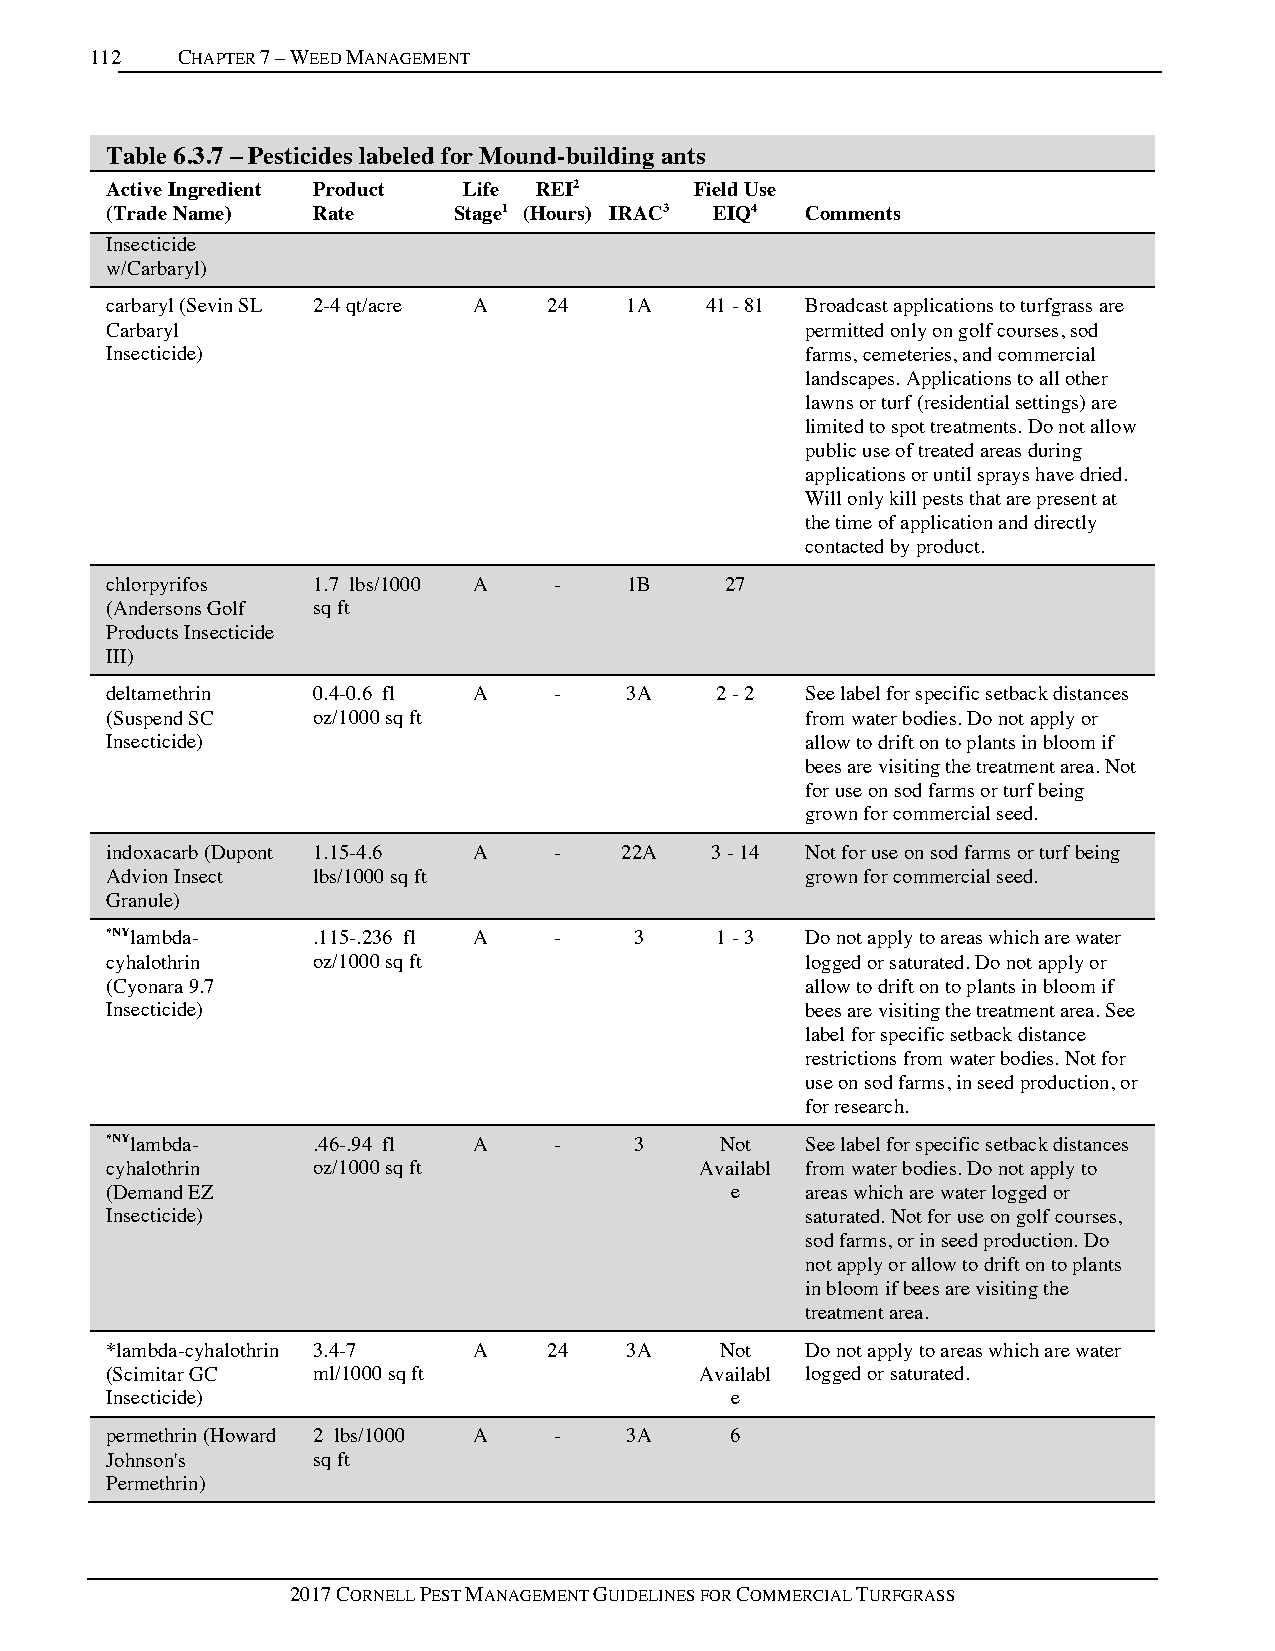
112   CHAPTER 7 – WEED MANAGEMENT
 Table 6.3.7 – Pesticides labeled for Mound-building ants
 Active Ingredient Product Life REI2    Field Use
 (Trade Name)  Rate     Stage1 (Hours) IRAC3 EIQ4 Comments
 Insecticide
 w/Carbaryl)
 carbaryl (Sevin SL 2-4 qt/acre A 24 1A  41 - 81 Broadcast applications to turfgrass are
 Carbaryl                                      permitted only on golf courses, sod
 Insecticide)                                  farms, cemeteries, and commercial
 landscapes. Applications to all other
 lawns or turf (residential settings) are
 limited to spot treatments. Do not allow
 public use of treated areas during
 applications or until sprays have dried.
 Will only kill pests that are present at
 the time of application and directly
 contacted by product.
 chlorpyrifos  1.7 lbs/1000 A  -    1B    27
 (Andersons Golf sq ft
 Products Insecticide
 III)
 deltamethrin  0.4-0.6 fl A    -   3A    2 - 2 See label for specific setback distances
 (Suspend SC   oz/1000 sq ft                   from water bodies. Do not apply or
 Insecticide)                                  allow to drift on to plants in bloom if
 bees are visiting the treatment area. Not
 for use on sod farms or turf being
 grown for commercial seed.
 indoxacarb (Dupont 1.15-4.6 A -   22A   3 - 14 Not for use on sod farms or turf being
 Advion Insect lbs/1000 sq ft                  grown for commercial seed.
 Granule)
 *NYlambda-    .115-.236 fl A  -    3    1 - 3 Do not apply to areas which are water
 cyhalothrin   oz/1000 sq ft                   logged or saturated. Do not apply or
 (Cyonara 9.7                                  allow to drift on to plants in bloom if
 Insecticide)                                  bees are visiting the treatment area. See
 label for specific setback distance
 restrictions from water bodies. Not for
 use on sod farms, in seed production, or
 for research.
 *NYlambda-    .46-.94 fl A    -    3     Not  See label for specific setback distances
 cyhalothrin   oz/1000 sq ft            Availabl from water bodies. Do not apply to
 (Demand EZ                               e    areas which are water logged or
 Insecticide)                                  saturated. Not for use on golf courses,
 sod farms, or in seed production. Do
 not apply or allow to drift on to plants
 in bloom if bees are visiting the
 treatment area.
 *lambda-cyhalothrin 3.4-7 A  24   3A     Not  Do not apply to areas which are water
 (Scimitar GC  ml/1000 sq ft            Availabl logged or saturated.
 Insecticide)                             e
 permethrin (Howard 2 lbs/1000 A - 3A     6
 Johnson's     sq ft
 Permethrin)
 2017 CORNELL PEST MANAGEMENT GUIDELINES FOR COMMERCIAL TURFGRASS